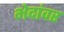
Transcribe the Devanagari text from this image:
भेदांवर